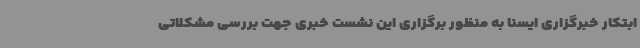
ابتکار خبرگزاری ایسنا به منظور برگزاری این نشست خبری جهت بررسی مشکلاتی